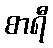
စာရီ